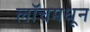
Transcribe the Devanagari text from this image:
लॉचमधून